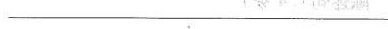
___